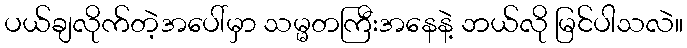
ပယ်ချလိုက်တဲ့အပေါ်မှာ သမ္မတကြီးအနေနဲ့ ဘယ်လို မြင်ပါသလဲ။